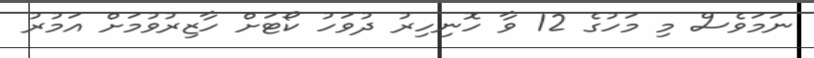
ނަމަވެސް މި މަހުގެ 12 ވާ ހޮނިހިރު ދުވަހު ކޯޓަށް ހާޒިރުވުމަށް އަމުރު